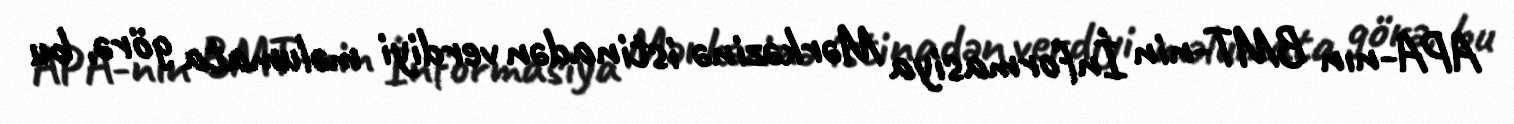
APA-nın BMT-nin İnformasiya Mərkəzinə istinadən verdiyi məlumata görə, bu